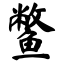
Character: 鳖